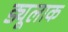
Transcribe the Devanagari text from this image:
ड्यूलाक